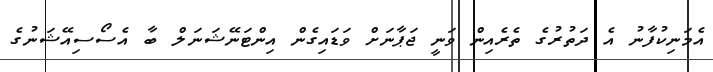
އެމަނިކުފާނު އެ ދަތުރުގެ ތެރެއިން ވަނީ ޖަޕާނަށް ވަޑައިގެން އިންޓަނޭޝަނަލް ބާ އެސޯސިއޭޝަނުގެ